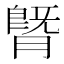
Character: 䐴